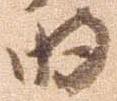
明